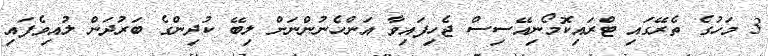
3 މަހުގެ ތެރޭގައި ޓްރައިކޮމޯނިއޭސިސް ޖެހިފައިވާ އަންހެނުންނަށް ލިބޭ ކުދިންގެ ބަރުދަން ލުއިވެފައި